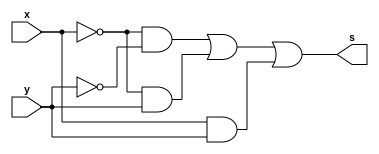
/*
 Guia_0405a.v - v0.0. - 28 / 08 / 2022
 Autor    : Gabriel Vargas Bento de Souza
 Matricula: 778023
 */

/**
 SoP(0, 1, 3)
 */
module SoP (output s,
            input  x, y);
   assign s = (~x & ~y)  // 0
            | (~x &  y)  // 1
            | ( x &  y); // 3
endmodule // SoP

/**
 PoS(2)
 */
module PoS (output S,
            input  X, Y);
   assign S = (~X | Y); // 3
endmodule // PoS 

/**
  Guia_0405a.v
 */
module Guia_0405a;
   reg  x, y;
   wire s, S;
   
   // instancias
   SoP SOP (s, x, y);
   PoS POS (S, x, y);
   
   // valores iniciais
   initial begin: start
      x=1'bx; y=1'bx; // indefinidos
   end

   // parte principal
   initial begin: main
      // identificacao
       $display("Gabriel Vargas Bento de Souza - 778023");
       $display("Test boolean expression");
       $display("\n04.a) SoP(0, 1, 3) = PoS(2)\n");

       // monitoramento
       $display(" x  y  SoP(0, 1, 3)  PoS(2)");
       $monitor("%2b %2b %8b %9b", x, y, s, S);

       // sinalizacao
       #1 x=0; y=0;
       #1 x=0; y=1;
       #1 x=1; y=0;
       #1 x=1; y=1;

   end
endmodule // Guia_0405a